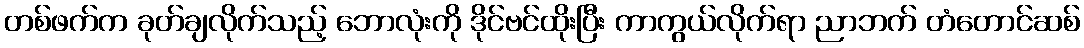
တစ်ဖက်က ခုတ်ချလိုက်သည့် ဘောလုံးကို ဒိုင်ဗင်ထိုးပြီး ကာကွယ်လိုက်ရာ ညာဘက် တံတောင်ဆစ်